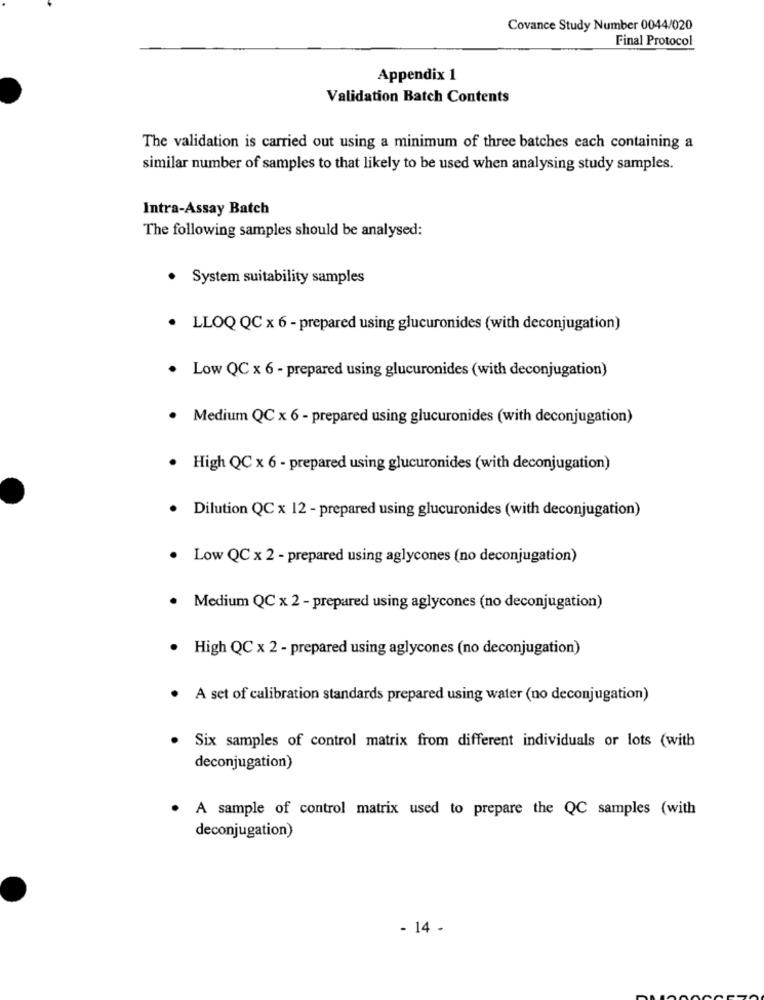
Covance Study Number 0044/020
Final Protocol
Appendix 1
Validation Batch Contents
The validation is carried out using a minimum of three batches each containing a
similar number of samples to that likely to be used when analysing study samples.
Intra-Assay Batch
The following samples should be analysed:
. System suitability samples
LLOQ QC x 6 - prepared using glucuronides (with deconjugation)
Low QC x 6 - prepared using glucuronides (with deconjugation)
Medium QC x 6 - prepared using glucuronides (with deconjugation)
· High QC x 6 - prepared using glucuronides (with deconjugation)
Dilution QC x 12 - prepared using glucuronides (with deconjugation)
Low QC x 2 - prepared using aglycones (no deconjugation)
Medium QC x 2 - prepared using aglycones (no deconjugation)
· High QC x 2 - prepared using aglycones (no deconjugation)
.
A set of calibration standards prepared using water (no deconjugation)
Six samples of control matrix from different individuals or lots (with
deconjugation)
. A sample of control matrix used to prepare the QC samples (with
deconjugation)
- 14 -